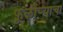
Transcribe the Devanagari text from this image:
फुलोऱ्याचा